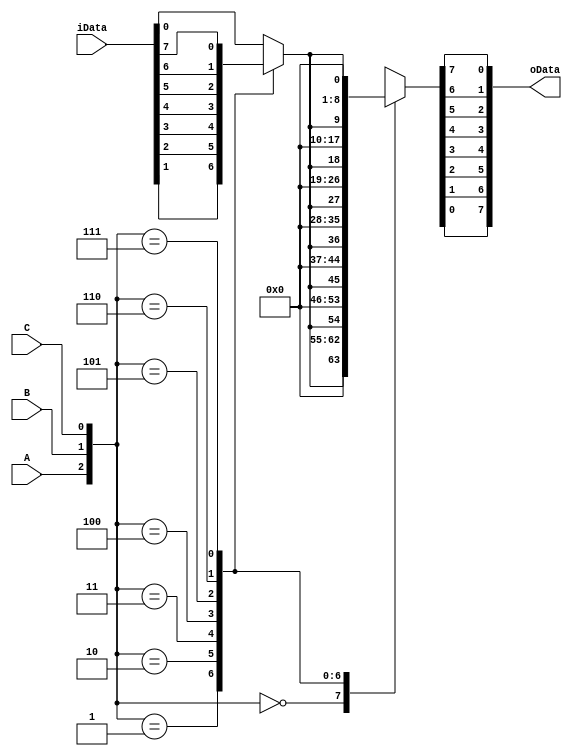
`timescale 1ns / 1ps
//////////////////////////////////////////////////////////////////////////////////
// Company: 
// Engineer: 
// 
// Design Name: 
// Module Name: transmission8
// Project Name: 
// Target Devices: 
// Tool Versions: 
// Description: 
// 
// Dependencies: 
// 
// Revision:
// Revision 0.01 - File Created
// Additional Comments:
// 
//////////////////////////////////////////////////////////////////////////////////


module transmission8(
    input [7:0] iData,
    input A,
    input B,
    input C,
    output reg [7:0] oData
    );
    reg temp;
     always @ (*)
            begin
              case({A,B,C})
              3'b000: temp <= iData[0];
              3'b001: temp <= iData[1];
              3'b010: temp <= iData[2];
              3'b011: temp <= iData[3];
              3'b100: temp <= iData[4];
              3'b101: temp <= iData[5];
              3'b110: temp <= iData[6];
              3'b111: temp <= iData[7];
              endcase
            end
     always @ (*)
          begin
              case({A,B,C})
              3'b000: {oData[0],oData[1],oData[2],oData[3],oData[4],oData[5],oData[6],oData[7]}={temp,1'b0,1'b0,1'b0,1'b0,1'b0,1'b0,1'b0};
              3'b001: {oData[0],oData[1],oData[2],oData[3],oData[4],oData[5],oData[6],oData[7]}={1'b0,temp,1'b0,1'b0,1'b0,1'b0,1'b0,1'b0};
              3'b010: {oData[0],oData[1],oData[2],oData[3],oData[4],oData[5],oData[6],oData[7]}={1'b0,1'b0,temp,1'b0,1'b0,1'b0,1'b0,1'b0};
              3'b011: {oData[0],oData[1],oData[2],oData[3],oData[4],oData[5],oData[6],oData[7]}={1'b0,1'b0,1'b0,temp,1'b0,1'b0,1'b0,1'b0};
              3'b100: {oData[0],oData[1],oData[2],oData[3],oData[4],oData[5],oData[6],oData[7]}={1'b0,1'b0,1'b0,1'b0,temp,1'b0,1'b0,1'b0};
              3'b101: {oData[0],oData[1],oData[2],oData[3],oData[4],oData[5],oData[6],oData[7]}={1'b0,1'b0,1'b0,1'b0,1'b0,temp,1'b0,1'b0};
              3'b110: {oData[0],oData[1],oData[2],oData[3],oData[4],oData[5],oData[6],oData[7]}={1'b0,1'b0,1'b0,1'b0,1'b0,1'b0,temp,1'b0};
              3'b111: {oData[0],oData[1],oData[2],oData[3],oData[4],oData[5],oData[6],oData[7]}={1'b0,1'b0,1'b0,1'b0,1'b0,1'b0,1'b0,temp};
              endcase
          end
endmodule